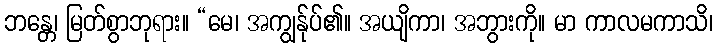
ဘန္တေ၊ မြတ်စွာဘုရား။ “မေ၊ အကျွန်ုပ်၏။ အယျိကာ၊ အဘွားကို။ မာ ကာလမကာသိ၊